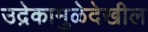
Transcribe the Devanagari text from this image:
उद्रेकामुळेदेखील